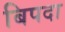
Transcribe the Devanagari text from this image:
बिपदा